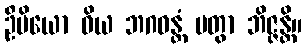
ဦမိယော ဝိယ ဘဂဝန္တံ ပတွာ ဘိဇ္ဇန္တိ။